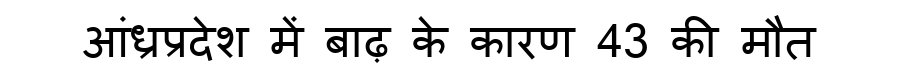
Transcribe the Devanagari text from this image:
आंध्रप्रदेश में बाढ़ के कारण 43 की मौत